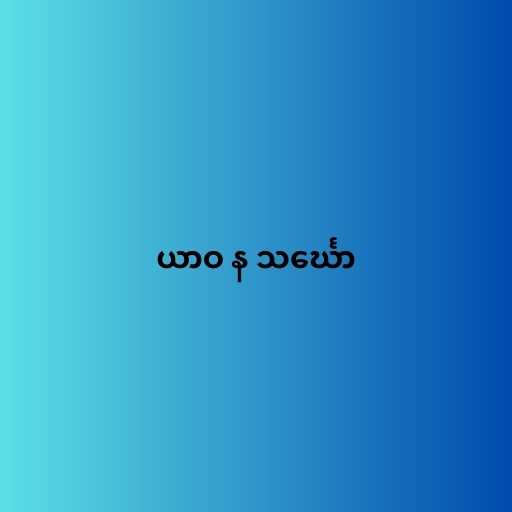
ယာဝ န သင်္ဃော